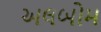
અલબોમ